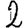
Digit: 2